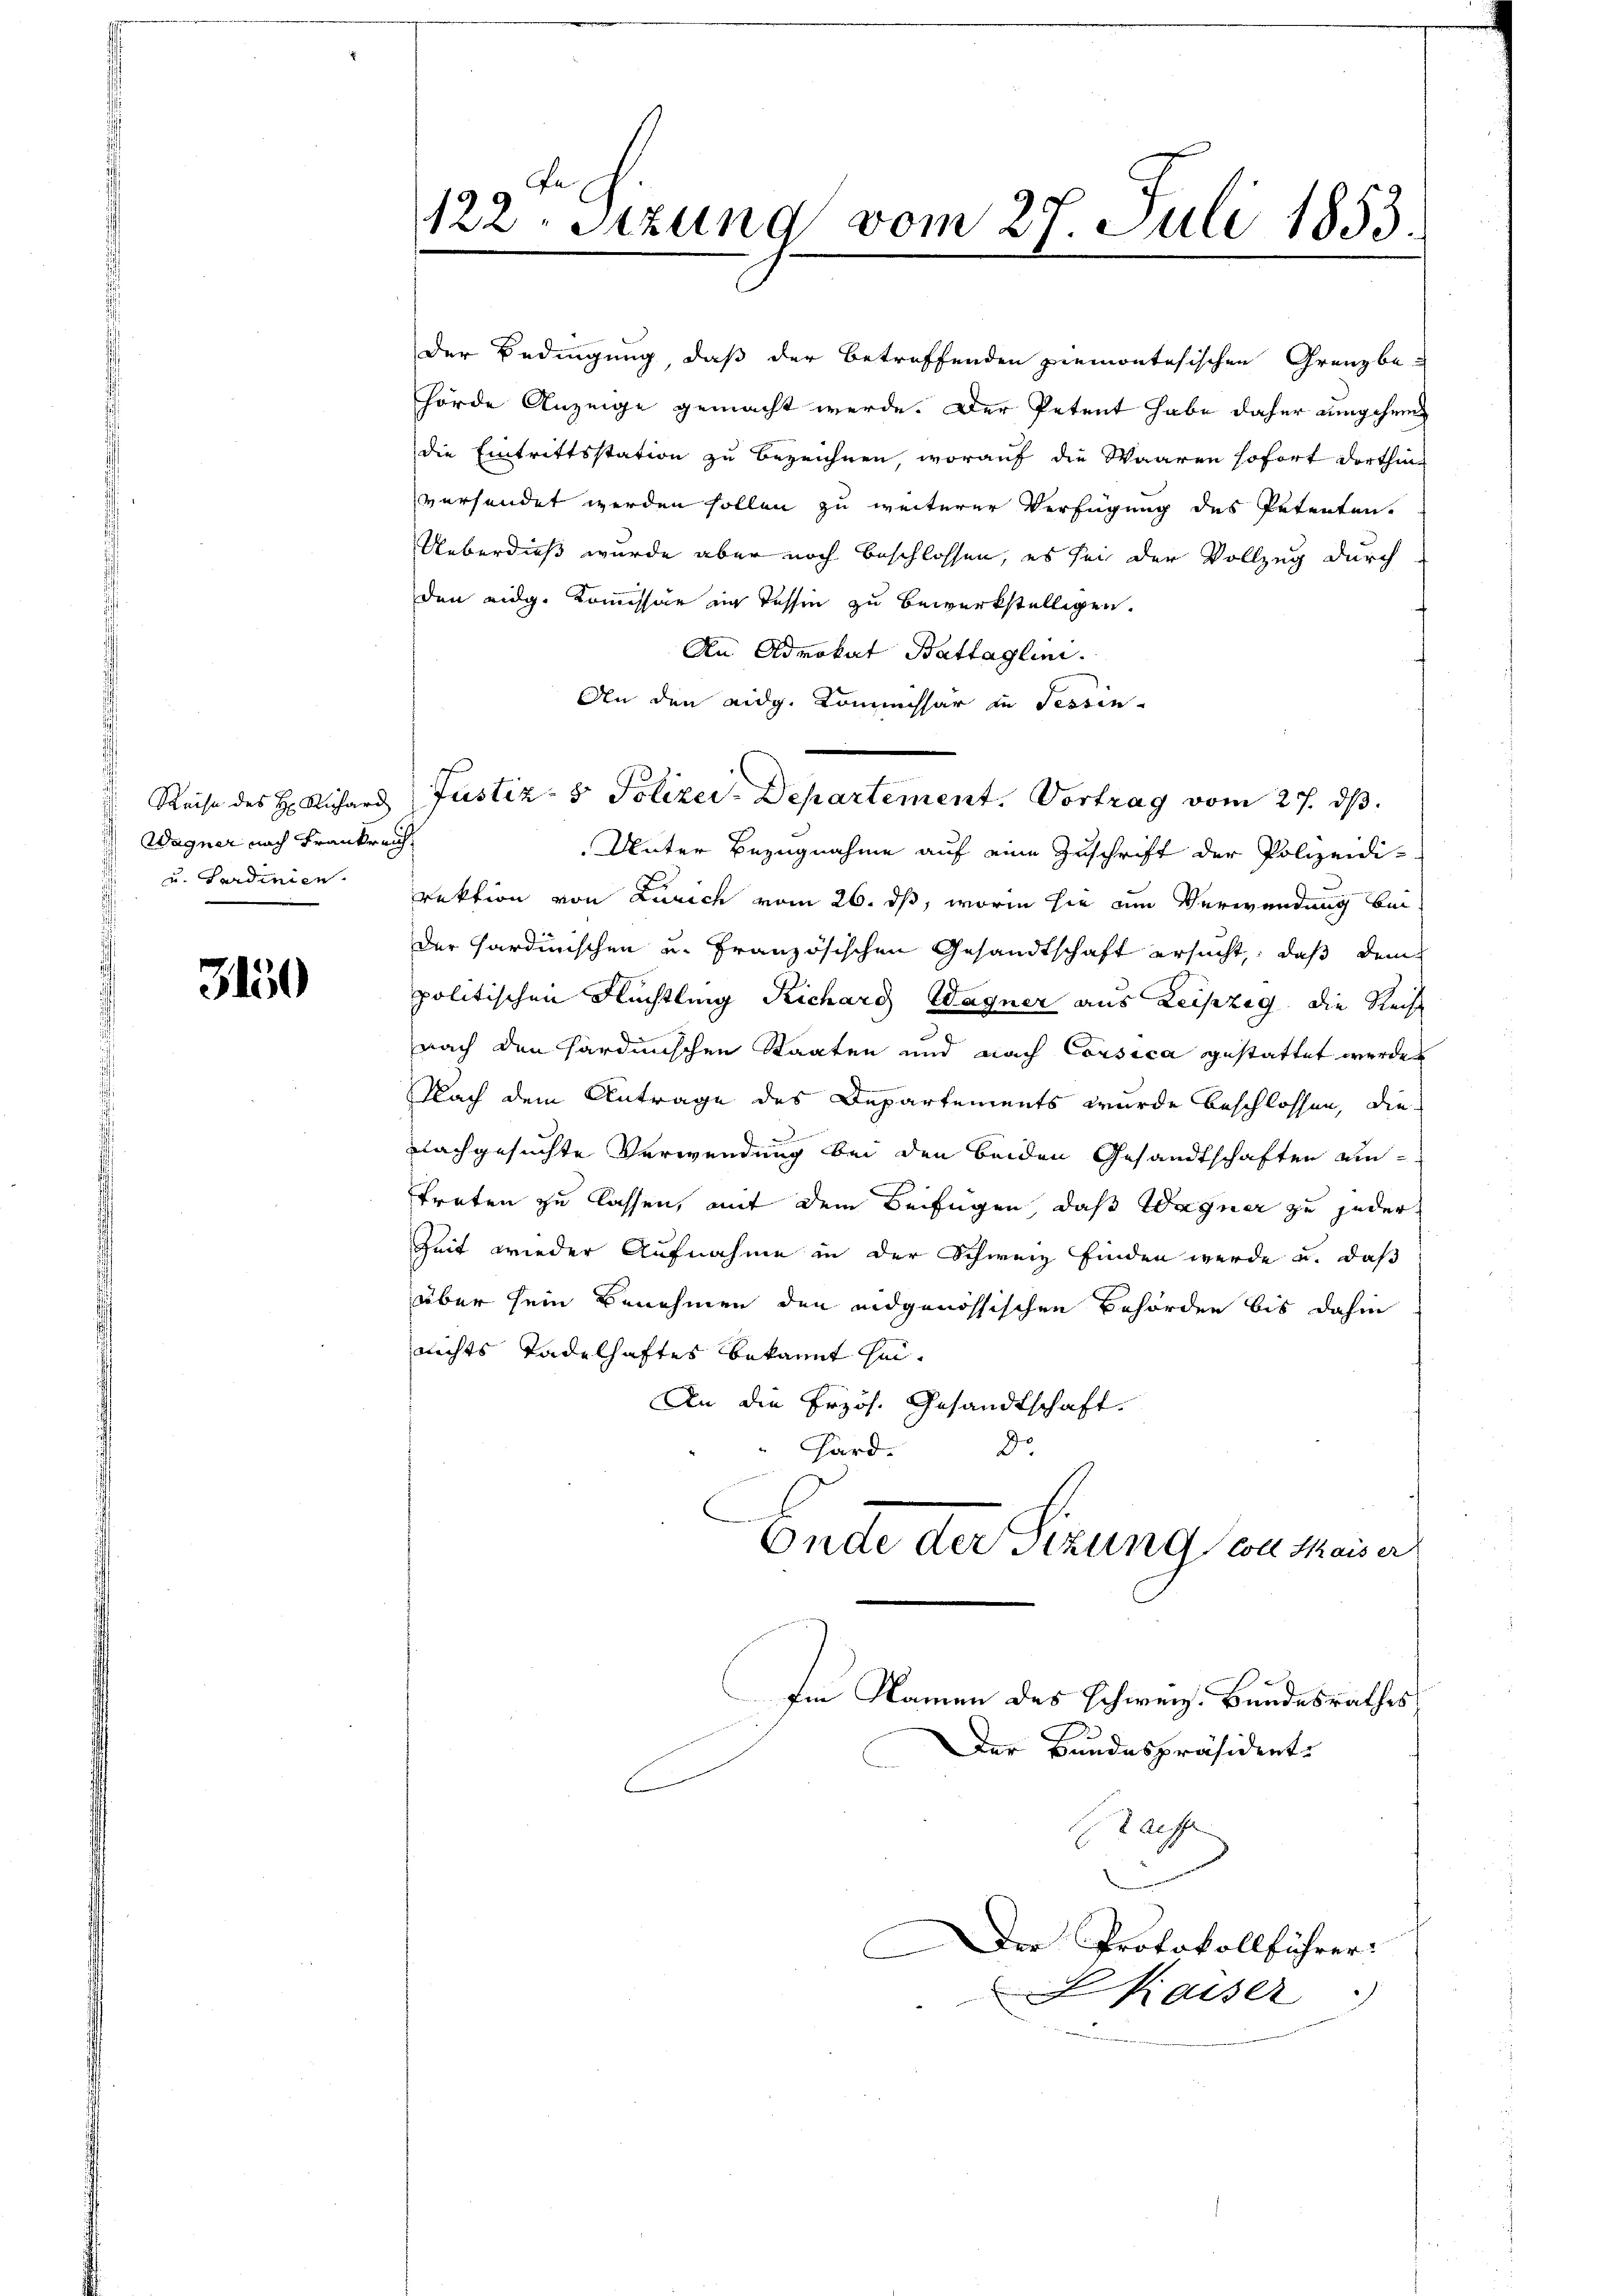
Reise des H. Richard
Wagner nach Frankreich
u. Sardinien.

3150

122. Sitzung vom 27. Juli 1853.

der Bedingung, daß der betreffenden Piemontesischen Grenzbe-
hörde Anzeige gemacht werde. Der Petent habe daher umgehen
die Eintrittsstation zu bezeichnen, worauf die Waaren sofort dorthin
versendet werden sollen zu weiterer Verfügung des Petenten.
Ueberdieß wurde aber noch beschlossen, es sei der Vollzug durch
den eidg. Kommissär in Tessin zu bewerkstelligen.
An Advokat Battaglini.
An den eidg. Kommissär in Fessen-
Unter Bezugnahme auf eine Zuschrift der Polizeidirektion von Zürich vom 26. ds, worin sie am Verwendung bei
der Hardinischen u. französischen Gesandtschaft ersucht, daß dempolitischen Rechtling Richard Wagner aus Leipzig, die Reihe
i
nach den sardinischen Staaten und nach Corsica gestattet werden
Nach dem Antrage des Departements wurde beschlossen, die
nachgesuchte Verwendung bei den beiden Gesandtschaften eintreten zu lassen, mit dem Beifügen, daß Wagner zu jeder
Zeit wieder Aufnahme in der Schweiz finden werde u. daß
über sein Benehmen den eidgenössischen Behörden bis dahin
nichts Tadelhaftes bekannt hei¬
An die Erzös. Gesandtschaft.
Dr
Hard.
Ende der Sizung coll Saiser
Im Namen des Schweiz. Bundesrathes
Der Bundespräsidert.
aiffe
Der Protokollführer:
Kaiser

Justiz- & Polizei-Departement. Vortrag vom 27. ds.